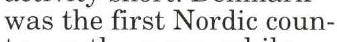
was the first Nordic coun-